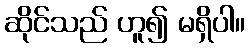
ဆိုင်သည် ဟူ၍ မရှိပါ။